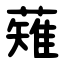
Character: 薙